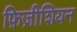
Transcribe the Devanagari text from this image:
फ़िज़ीशियन